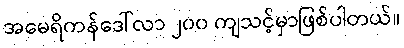
အမေရိကန်ဒေါ်လာ ၂၀၀ ကျသင့်မှာဖြစ်ပါတယ်။